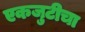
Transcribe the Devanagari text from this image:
एकजुटीचा